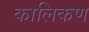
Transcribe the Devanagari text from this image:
कालिकण